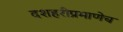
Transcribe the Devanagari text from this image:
दशहरीप्रमाणेच